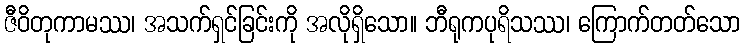
ဇီဝိတုကာမဿ၊ အသက်ရှင်ခြင်းကို အလိုရှိသော။ ဘီရုကပုရိသဿ၊ ကြောက်တတ်သော